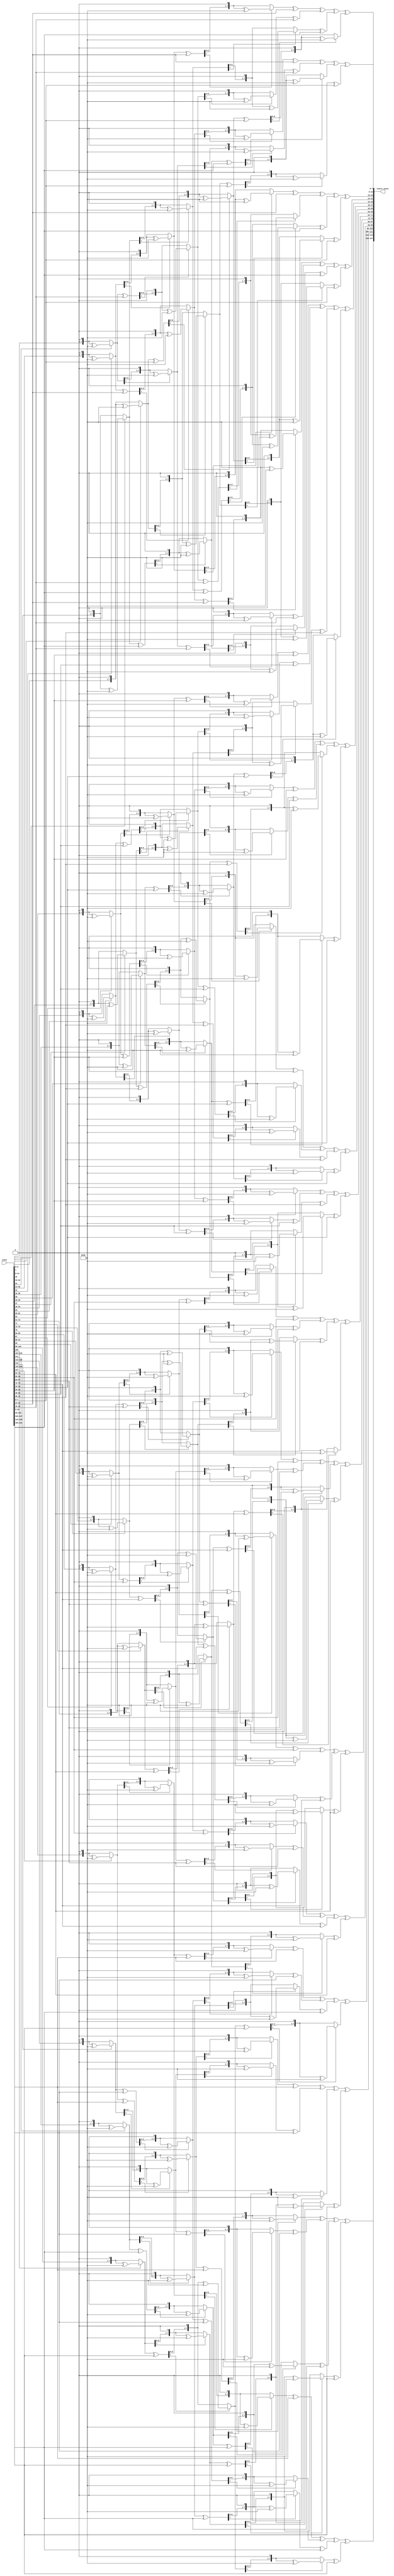

module  InvMixColumns(
    input [0:127] state,
    output [0:127] result_state
);

function [7:0] mult2 (input [7:0] b);
    begin

        if(b[7] == 1)
            mult2 = ((b << 1) ^ 8'h1b);
        else
            mult2 = b << 1;

    end
endfunction

function [7:0] mult (input [3:0] a, input [7:0] b);
    begin
        case(a)

            4'h9: begin // (((b  2)  2)  2) + b

                mult = mult2(b);
                mult = mult2(mult);
                mult = mult2(mult);
                mult = mult ^ b;

            end

            4'hb: begin // ((((b  2)  2) + b)  2) + b

                mult = mult2(b);
                mult = mult2(mult);
                mult = mult ^ b;
                mult = mult2(mult);
                mult = mult ^ b;

            end

            4'hd: begin // ((((b  2) + b)  2)  2) + b
                
                mult = mult2(b);
                mult = mult ^ b;
                mult = mult2(mult);
                mult = mult2(mult);
                mult = mult ^ b;

            end

            4'he: begin // ((((b  2) + b)  2) + b)  2

                mult = mult2(b);
                mult = mult ^ b;
                mult = mult2(mult);
                mult = mult ^ b;
                mult = mult2(mult);

            end

            default: mult = mult;

        endcase
    end
endfunction

genvar i;
generate

// the idea behind indexing is [ (i*32) + (j*8) ] where i is the column and j is the row , then move 8 bits to take the whole byte

for (i = 0; i < 4; i = i + 1) begin
    assign result_state[(i*32)+:8]      = mult(8'h0e, state[(i*32)+:8]) ^ mult(8'h0b, state[((i*32)+8)+:8]) ^ mult(8'h0d, state[((i*32)+16)+:8]) ^ mult(8'h09, state[((i*32)+24)+:8]);
    assign result_state[((i*32)+8)+:8]  = mult(8'h09, state[(i*32)+:8]) ^ mult(8'h0e, state[((i*32)+8)+:8]) ^ mult(8'h0b, state[((i*32)+16)+:8]) ^ mult(8'h0d, state[((i*32)+24)+:8]);
    assign result_state[((i*32)+16)+:8] = mult(8'h0d, state[(i*32)+:8]) ^ mult(8'h09, state[((i*32)+8)+:8]) ^ mult(8'h0e, state[((i*32)+16)+:8]) ^ mult(8'h0b, state[((i*32)+24)+:8]);
    assign result_state[((i*32)+24)+:8] = mult(8'h0b, state[(i*32)+:8]) ^ mult(8'h0d, state[((i*32)+8)+:8]) ^ mult(8'h09, state[((i*32)+16)+:8]) ^ mult(8'h0e, state[((i*32)+24)+:8]);
    
end

endgenerate
endmodule